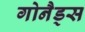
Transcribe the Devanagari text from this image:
गोनैड्स